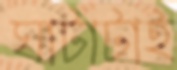
ঘাটাটাই